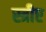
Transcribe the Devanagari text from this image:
स्त्रीए